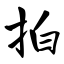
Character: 拍